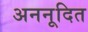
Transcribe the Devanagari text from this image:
अननूदित